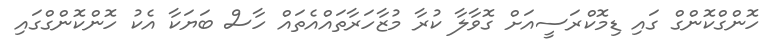
ހޮންގްކޮންގް ގައި ޑިމޮކްރަސީއަށް ގޮވާލާ ކުރާ މުޒާހަރާތައްއެތައް ހާސް ބަޔަކާ އެކު ހޮންކޮންގްގައި